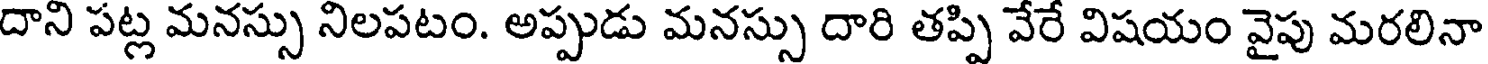
దాని పట్ల మనస్సు నిలపటం. అప్పుడు మనస్సు దారి తప్పి వేరే విషయం వైపు మరలినా